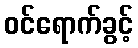
ဝင်ရောက်ခွင့်